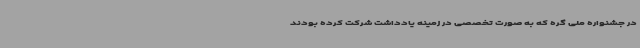
در جشنواره ملی گره که به صورت تخصصی در زمینه یادداشت شرکت کرده بودند